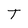
Character: T